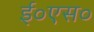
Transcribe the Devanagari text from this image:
ई०एस०